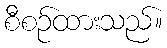
စီစဉ်ထားသည်။